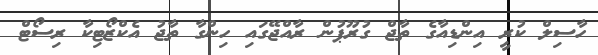
ހާސިލް ކުރީ އިންޑިއާގެ ތާޖް ގުރޫޕުން ރާއްޖޭގައި ހިންގާ ތާޖު އެކްޒޯޓިކާ ރިސޯޓް